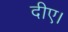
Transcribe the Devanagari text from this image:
दीए।